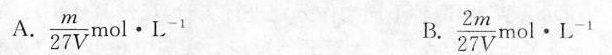
A.\frac{m}{27V}mol\cdot L^{-1} B.\frac{2m}{27V}mol\cdot L^{-1}